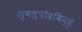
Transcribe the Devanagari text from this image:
स्वल्पोदबिन्दुं